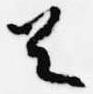
首